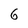
Character: 6